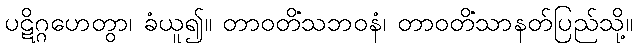
ပဋိဂ္ဂဟေတွာ၊ ခံယူ၍။ တာဝတိံသဘဝနံ၊ တာဝတိံသာနတ်ပြည်သို့။